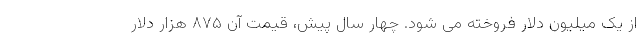
از یک میلیون دلار فروخته می شود. چهار سال پیش، قیمت آن ۸۷۵ هزار دلار